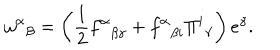
LaTeX: { \omega ^ { \alpha } } _ { \beta } = \left( { \frac { 1 } { 2 } } { f ^ { \alpha } } _ { \beta \gamma } + { f ^ { \alpha } } _ { \beta i } { \Pi ^ { i } } _ { \gamma } \right) e ^ { \gamma } .